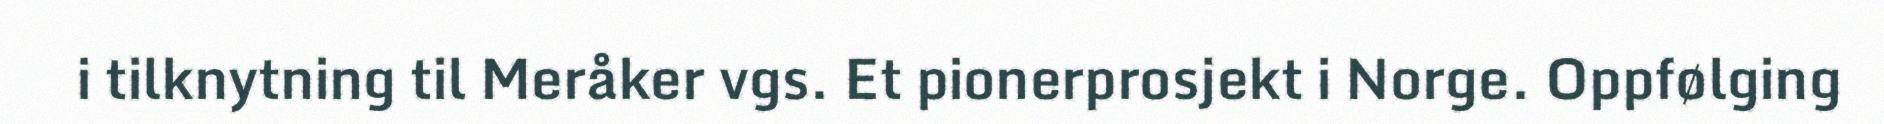
i tilknytning til Meråker vgs. Et pionerprosjekt i Norge. Oppfølging